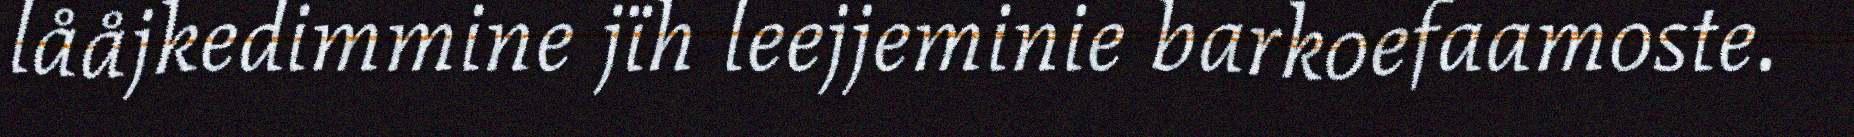
lååjkedimmine jïh leejjeminie barkoefaamoste.